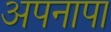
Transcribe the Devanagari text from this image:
अपनापा